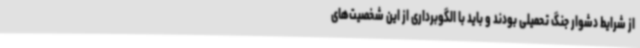
از شرایط دشوار جنگ‌ تحمیلی بودند و باید با الگوبرداری از این شخصیت‌های